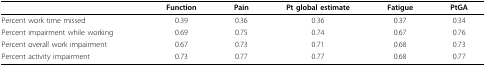
|  | Function | Pain | Pt global estimate | Fatigue | PtGA |
 | --- | --- | --- | --- | --- | --- |
 | Percent work time missed | 0.39 | 0.36 | 0.36 | 0.37 | 0.34 |
 | Percent impairment while working | 0.69 | 0.75 | 0.74 | 0.67 | 0.76 |
 | Percent overall work impairment | 0.67 | 0.73 | 0.71 | 0.68 | 0.73 |
 | Percent activity impairment | 0.73 | 0.77 | 0.77 | 0.68 | 0.77 |